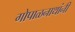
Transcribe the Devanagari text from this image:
गोपाळनाथांनी